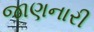
જાણનારી